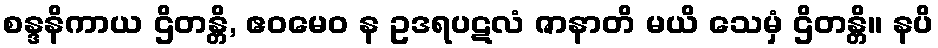
စန္ဒနိကာယ ဌိတန္တိ, ဧဝမေဝ န ဥဒရပဋလံ ဇာနာတိ မယိ သေမှံ ဌိတန္တိ။ နပိ